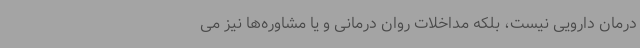
درمان دارویی نیست، بلکه مداخلات روان درمانی و یا مشاوره‌ها نیز می